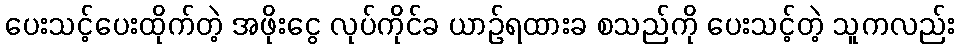
ပေးသင့်ပေးထိုက်တဲ့ အဖိုးငွေ လုပ်ကိုင်ခ ယာဉ်ရထားခ စသည်ကို ပေးသင့်တဲ့ သူကလည်း